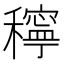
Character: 𥣗